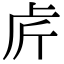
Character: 𠧣